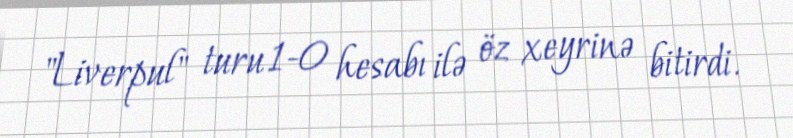
"Liverpul" turu 1-0 hesabı ilə öz xeyrinə bitirdi.